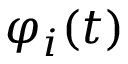
\varphi _ { i } ( t )